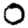
Digit: 0